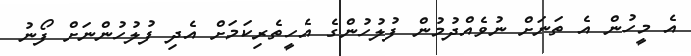
އެ މީހުން އެ ތަނަށް ނުވެއްދުމުން ފުލުހުންގެ އެހީތެރިކަމަށް އެދި ފުލުހުންނަށް ފޯނު